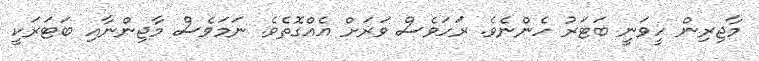
މާޖިރިން ހީވަނީ ބަޓަރު ހެންނެވެ. ރަހަވެސް ވަރަށް އެއްގޮތެވެ. ނަމަވެސް މާޖިންނާއި ބަޓަރަކީ